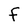
Character: F